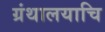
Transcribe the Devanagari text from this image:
ग्रंथालयाचि